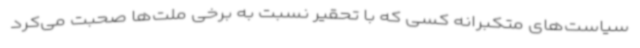
سیاست‌های متکبرانه کسی که با تحقیر نسبت به برخی ملت‌ها صحبت می‌کرد